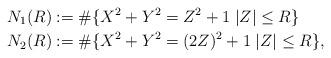
LaTeX: \begin{align*} N_1(R) &:= \#\{ X^2 + Y^2 = Z^2 + 1 \; \lvert Z \rvert \leq R \} \\ N_2(R) &:= \#\{ X^2 + Y^2 = (2Z)^2 + 1 \; \lvert Z \rvert \leq R \},\end{align*}